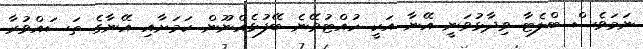
ނަމަވެސް ބްލެޓާ ވިދާޅުވަނީ އޭނާ އަކީ ހުއްޓުވޭނެ ބޭފުޅެއްނޫން ކަމަށާއި އޭނާގެ ތަސައްވުރާ